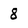
Character: 8